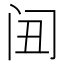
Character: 𲈸